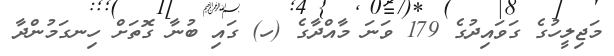
މަޖިލީހުގެ ގަވައިދުގެ 179 ވަނަ މާއްދާގެ (ހ) ގައި ބުނާ ގޮތަށް ހިނގަމުންދާ